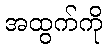
အထွက်ကို